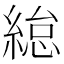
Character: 緿